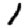
Digit: 1